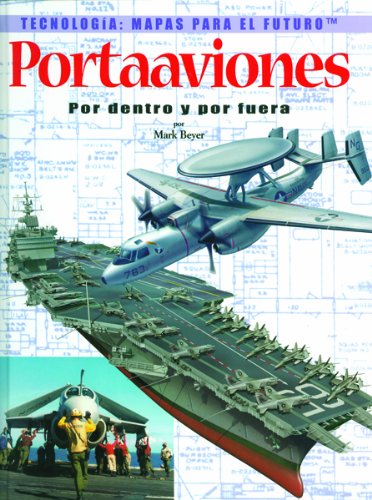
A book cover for Portaaviones Por Dentro Y Por Fuera: Por Dentro Y Por Fuera (Tecnologia: Mapas Para El Futuro) (Spanish Edition); Mark Beyer; Teen & Young Adult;